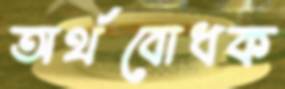
অর্থবোধক